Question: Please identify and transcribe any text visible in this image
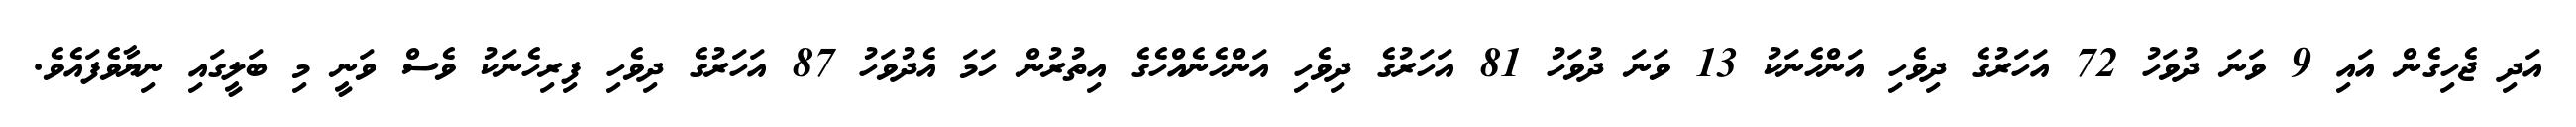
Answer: އަދި ޖެހިގެން އައި 9 ވަނަ ދުވަހު 72 އަހަރުގެ ދިވެހި އަންހެނަކު 13 ވަނަ ދުވަހު 81 އަހަރުގެ ދިވެހި އަންހެނެއްހެގެ އިތުރުން ހަމަ އެދުވަހު 87 އަހަރުގެ ދިވެހި ފިރިހެނަކު ވެސް ވަނީ މި ބަލީގައި ނިޔާވެފައެވެ.